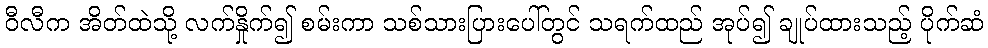
ဝီလီက အိတ်ထဲသို့ လက်နှိုက်၍ စမ်းကာ သစ်သားပြားပေါ်တွင် သရက်ထည် အုပ်၍ ချုပ်ထားသည့် ပိုက်ဆံ